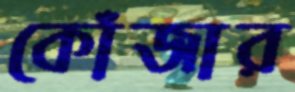
কোঁজার